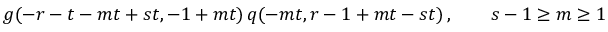
g ( - r - t - m t + s t , - 1 + m t ) \, q ( - m t , r - 1 + m t - s t ) \, , \qquad s - 1 \geq m \geq 1